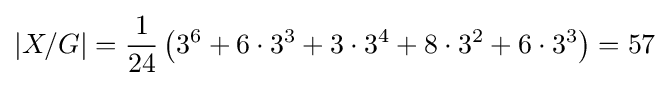
|X/G|={\frac {1}{24}}\left(3^{6}+6\cdot 3^{3}+3\cdot 3^{4}+8\cdot 3^{2}+6\cdot 3^{3}\right)=57